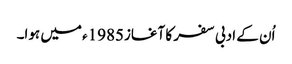
اُن کے ادبی سفر کا آغاز1985ء میں ہوا۔